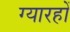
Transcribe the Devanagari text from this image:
ग्यारहों